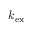
k _ { \mathrm { e x } }